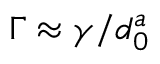
\Gamma \approx \gamma / d _ { 0 } ^ { a }